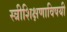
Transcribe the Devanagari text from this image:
स्त्रीशिक्षणाविषयी